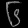
Digit: ၆